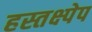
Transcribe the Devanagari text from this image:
हस्तक्ष्पेप